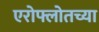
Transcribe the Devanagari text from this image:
एरोफ्लोतच्या